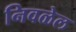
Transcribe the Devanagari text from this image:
निवळेल